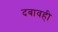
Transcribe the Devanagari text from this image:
दबावही